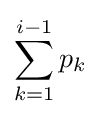
\sum \limits _{k=1}^{i-1}p_{k}